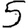
Digit: 5